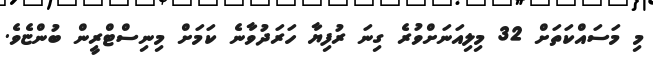
މި މަސައްކަތަށް 32 މިލިއަނަށްވުރެ ގިނަ ރުފިޔާ ހަރަދުވާނެ ކަމަށް މިނިސްޓްރީން ބުންޏެވެ.